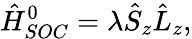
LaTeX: \hat{H}_{SOC}^{0}=\lambda\hat{S}_{z}\hat{L}_{z},